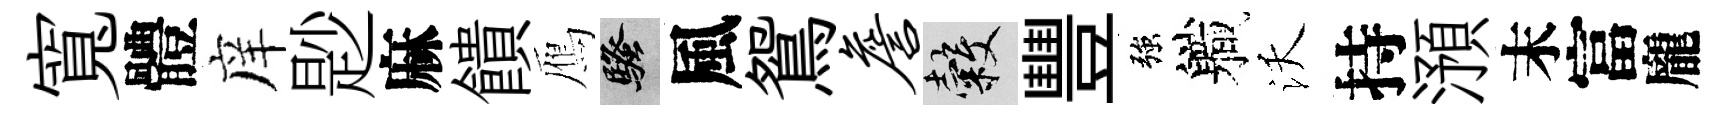
寬體庠尟麻饋鴈騷風鴛詹穀豐強軄沃持澦末富龐